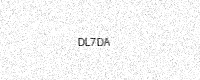
Text: DL7DA